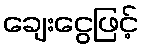
ချေးငွေဖြင့်